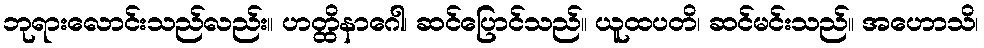
ဘုရားလောင်းသည်လည်း။ ဟတ္ထိနာဂေါ၊ ဆင်ပြောင်သည်။ ယူထပတိ၊ ဆင်မင်းသည်။ အဟောသိ၊